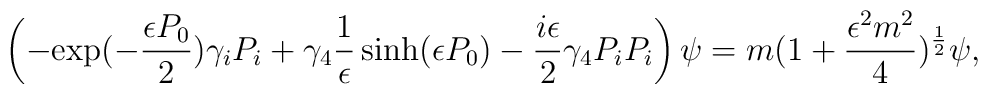
\left( - {\mbox{exp}} ( - \frac{\epsilon P_0}{2 } ) \gamma_{i} P_{i} +\gamma_{4} \frac{1}{\epsilon} \sinh (\epsilon P_{0}) - \frac{i\epsilon}{2}\gamma_{4} P_{i} P_{i} \right) \psi = m (1 + \frac{\epsilon^{2} m^{2}}{4})^{\frac{1}{2}} \psi,